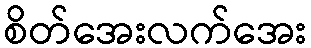
စိတ်အေးလက်အေး